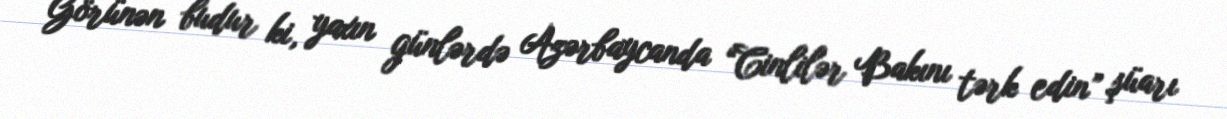
Görünən budur ki, yaxın günlərdə Azərbaycanda “Cinlilər Bakını tərk edin” şüarı